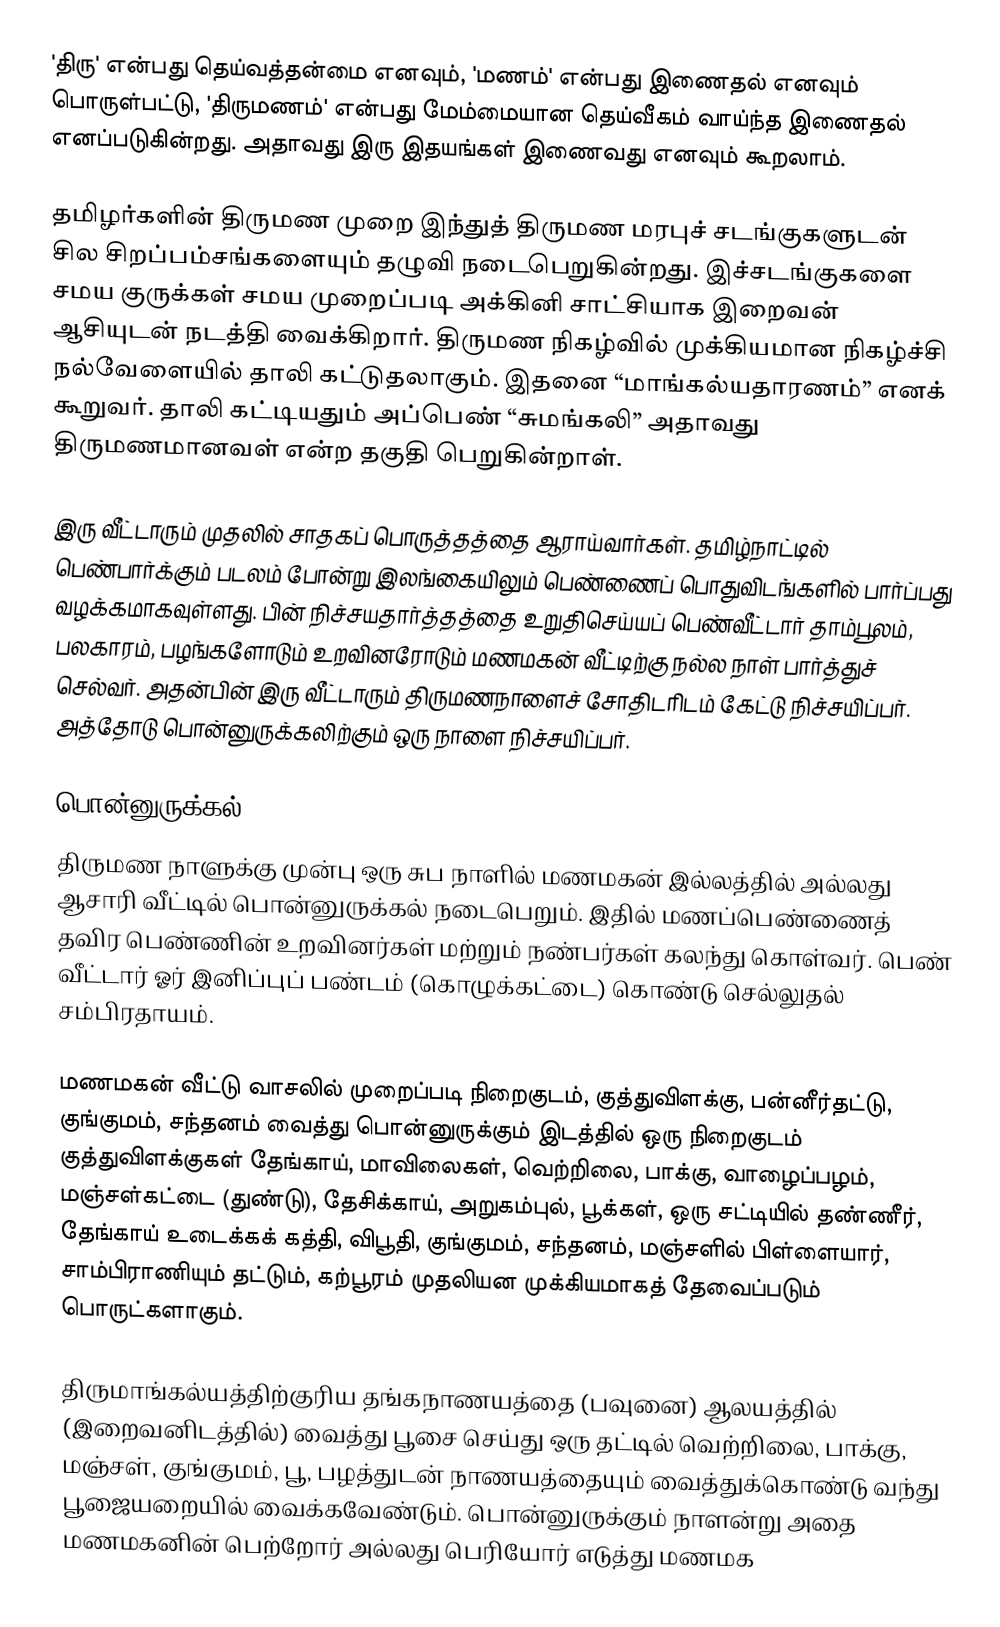
'திரு' என்பது தெய்வத்தன்மை எனவும், 'மணம்' என்பது இணைதல் எனவும் பொருள்பட்டு, 'திருமணம்' என்பது மேம்மையான தெய்வீகம் வாய்ந்த இணைதல் எனப்படுகின்றது. அதாவது இரு இதயங்கள் இணைவது எனவும் கூறலாம்.

தமிழர்களின் திருமண முறை இந்துத் திருமண மரபுச் சடங்குகளுடன் சில சிறப்பம்சங்களையும் தழுவி நடைபெறுகின்றது. இச்சடங்குகளை சமய குருக்கள் சமய முறைப்படி அக்கினி சாட்சியாக இறைவன் ஆசியுடன் நடத்தி வைக்கிறார். திருமண நிகழ்வில் முக்கியமான நிகழ்ச்சி நல்வேளையில் தாலி கட்டுதலாகும். இதனை “மாங்கல்யதாரணம்”  எனக் கூறுவர். தாலி கட்டியதும் அப்பெண் “சுமங்கலி” அதாவது திருமணமானவள் என்ற தகுதி பெறுகின்றாள்.

இரு வீட்டாரும் முதலில் சாதகப் பொருத்தத்தை  ஆராய்வார்கள். தமிழ்நாட்டில் பெண்பார்க்கும் படலம் போன்று இலங்கையிலும் பெண்ணைப் பொதுவிடங்களில் பார்ப்பது வழக்கமாகவுள்ளது. பின் நிச்சயதார்த்தத்தை உறுதிசெய்யப் பெண்வீட்டார் தாம்பூலம், பலகாரம், பழங்களோடும் உறவினரோடும் மணமகன் வீட்டிற்கு நல்ல நாள் பார்த்துச் செல்வர். அதன்பின் இரு வீட்டாரும் திருமணநாளைச் சோதிடரிடம் கேட்டு நிச்சயிப்பர். அத்தோடு பொன்னுருக்கலிற்கும் ஒரு நாளை நிச்சயிப்பர்.

பொன்னுருக்கல்
திருமண நாளுக்கு முன்பு ஒரு சுப நாளில் மணமகன் இல்லத்தில் அல்லது ஆசாரி வீட்டில் பொன்னுருக்கல் நடைபெறும். இதில் மணப்பெண்ணைத் தவிர பெண்ணின் உறவினர்கள் மற்றும் நண்பர்கள் கலந்து கொள்வர். பெண் வீட்டார் ஓர் இனிப்புப் பண்டம் (கொழுக்கட்டை) கொண்டு செல்லுதல் சம்பிரதாயம்.

மணமகன் வீட்டு வாசலில் முறைப்படி நிறைகுடம், குத்துவிளக்கு, பன்னீர்தட்டு, குங்குமம், சந்தனம் வைத்து பொன்னுருக்கும் இடத்தில் ஒரு நிறைகுடம் குத்துவிளக்குகள் தேங்காய், மாவிலைகள், வெற்றிலை, பாக்கு, வாழைப்பழம், மஞ்சள்கட்டை (துண்டு), தேசிக்காய், அறுகம்புல், பூக்கள், ஒரு சட்டியில் தண்ணீர், தேங்காய் உடைக்கக் கத்தி, விபூதி, குங்குமம், சந்தனம், மஞ்சளில் பிள்ளையார், சாம்பிராணியும் தட்டும், கற்பூரம் முதலியன முக்கியமாகத் தேவைப்படும் பொருட்களாகும்.

திருமாங்கல்யத்திற்குரிய தங்கநாணயத்தை (பவுனை) ஆலயத்தில் (இறைவனிடத்தில்) வைத்து பூசை செய்து ஒரு தட்டில் வெற்றிலை, பாக்கு, மஞ்சள், குங்குமம், பூ, பழத்துடன் நாணயத்தையும் வைத்துக்கொண்டு வந்து பூஜையறையில் வைக்கவேண்டும். பொன்னுருக்கும் நாளன்று அதை மணமகனின் பெற்றோர் அல்லது பெரியோர் எடுத்து மணமக